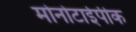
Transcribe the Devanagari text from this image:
मोनोटाईपीक